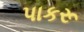
પાકરૂ